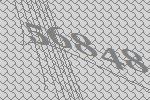
56848